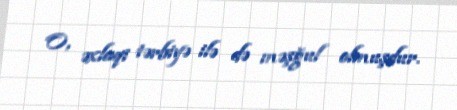
O, əxlaqi tərbiyə ilə də məşğul olmuşdur.